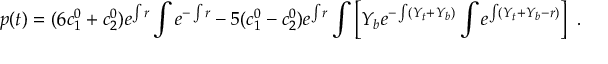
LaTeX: p ( t ) = ( 6 c _ { 1 } ^ { 0 } + c _ { 2 } ^ { 0 } ) e ^ { \int r } \int e ^ { - \int r } - 5 ( c _ { 1 } ^ { 0 } - c _ { 2 } ^ { 0 } ) e ^ { \int r } \int \left[ Y _ { b } e ^ { - \int ( Y _ { t } + Y _ { b } ) } \int e ^ { \int ( Y _ { t } + Y _ { b } - r ) } \right] \ .